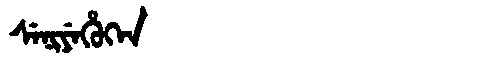
Manchu: ᠰᡝᠨᡳᠶᡝᡥᡠᡴᡝᠨ
Romanization: SENIYEHUKEN